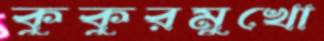
কুকুরমুখো